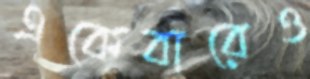
একেবারেও